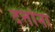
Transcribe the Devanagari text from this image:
दत्तांना